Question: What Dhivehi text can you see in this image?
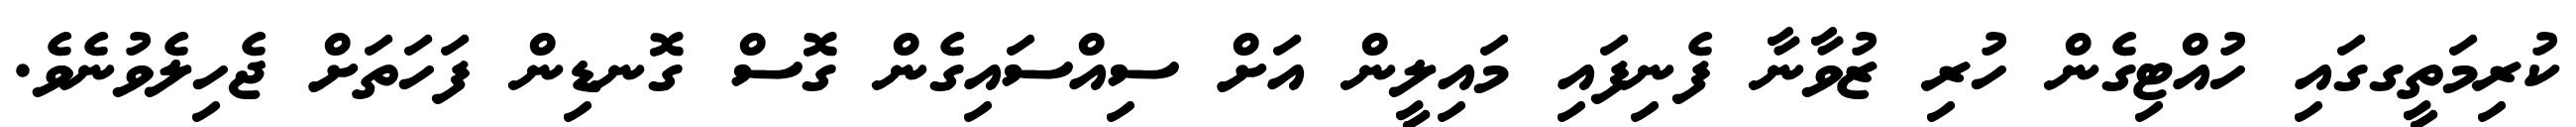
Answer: ކުރިމަތީގގައި ހުއްޓިގެން ހުރި ޒުވާނާ ފެނިފައި މައިލީން އަށް ސިއްސައިގެން ގޮސް ގޮނޑިން ފަހަތަށް ޖެހިލެވުނެވެ.